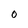
Character: O